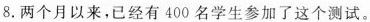
8.两个月以来,已经有 400 名学生参加 了这个测试。